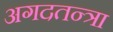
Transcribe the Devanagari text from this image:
अगदतन्त्रा